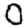
Digit: 0